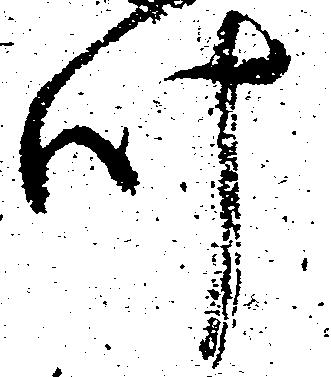
叶